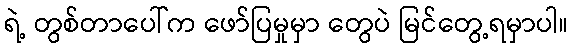
ရဲ့ တွစ်တာပေါ်က ဖော်ပြမှုမှာ တွေပဲ မြင်တွေ့ရမှာပါ။